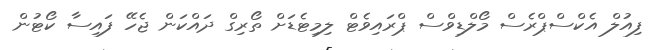
ފިއުލް އެކްސްޕްރެސް މޯލްޑިވްސް ޕްރައިވެޓް ލިމިޓެޑަށް ތޯރިގް ދައްކަން ޖެހޭ ފައިސާ ކޯޓުން